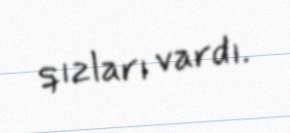
qızları vardı.